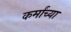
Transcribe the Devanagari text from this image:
कर्मांच्या